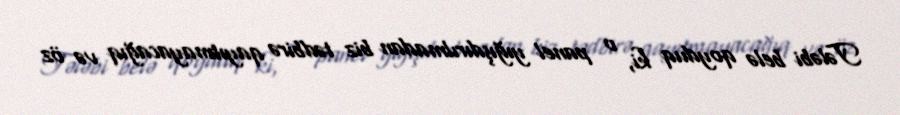
Tələbi belə qoyduq ki, o panel yığışdırılmadan biz tədbirə qayıtmayacağıq və öz